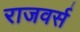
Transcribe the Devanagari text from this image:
राजवर्स